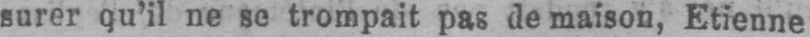
surer qu’il ne se trompait pas de maison, Etienne